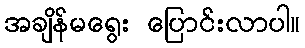
အချိန်မရွေး ပြောင်းလာပါ။